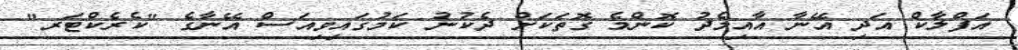
އަފްލާކް އަދި އޭނާ އާއިމެދު ކޮންމެ ގޮތަކަށް ދެކުނު ކަމުގައިވިއަސް އޭނާގެ "ކެރެކްޓަރ"